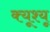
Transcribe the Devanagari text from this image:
क्यूश्यू